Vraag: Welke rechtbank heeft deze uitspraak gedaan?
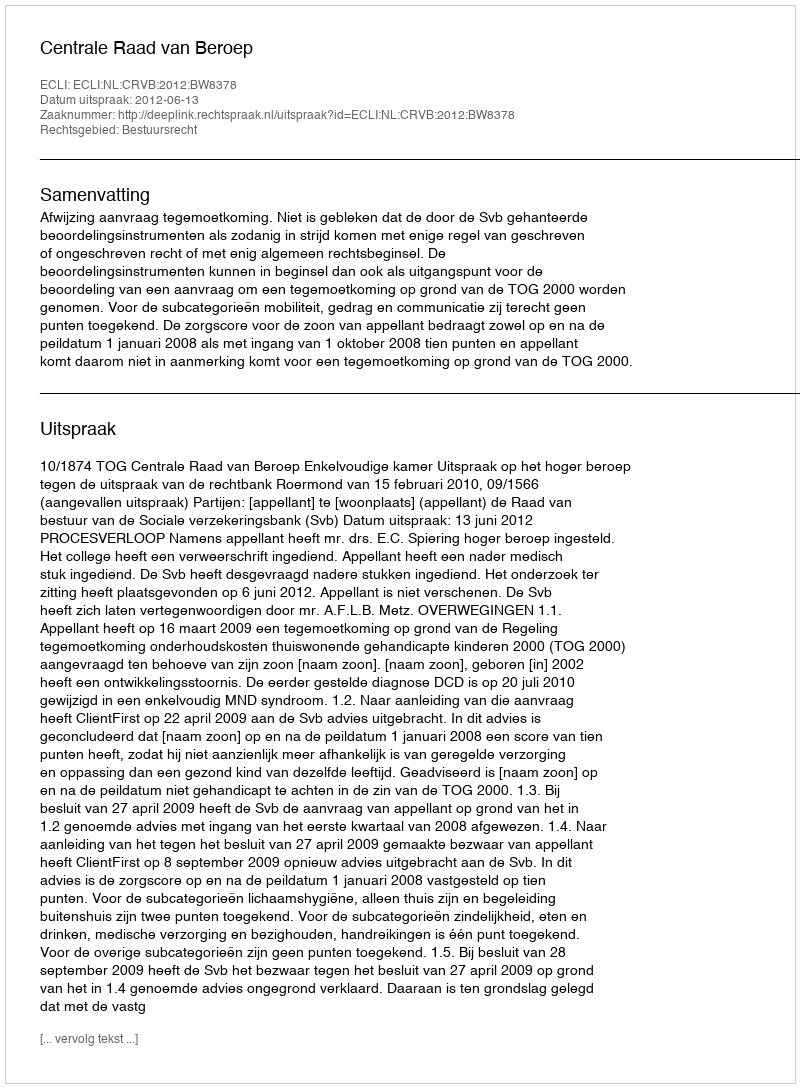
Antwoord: Centrale Raad van Beroep